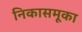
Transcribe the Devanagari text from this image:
निकासमूका